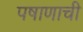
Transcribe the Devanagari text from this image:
पषाणाची